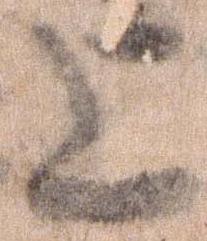
上